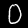
Digit: 0